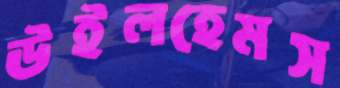
উইলহেমস